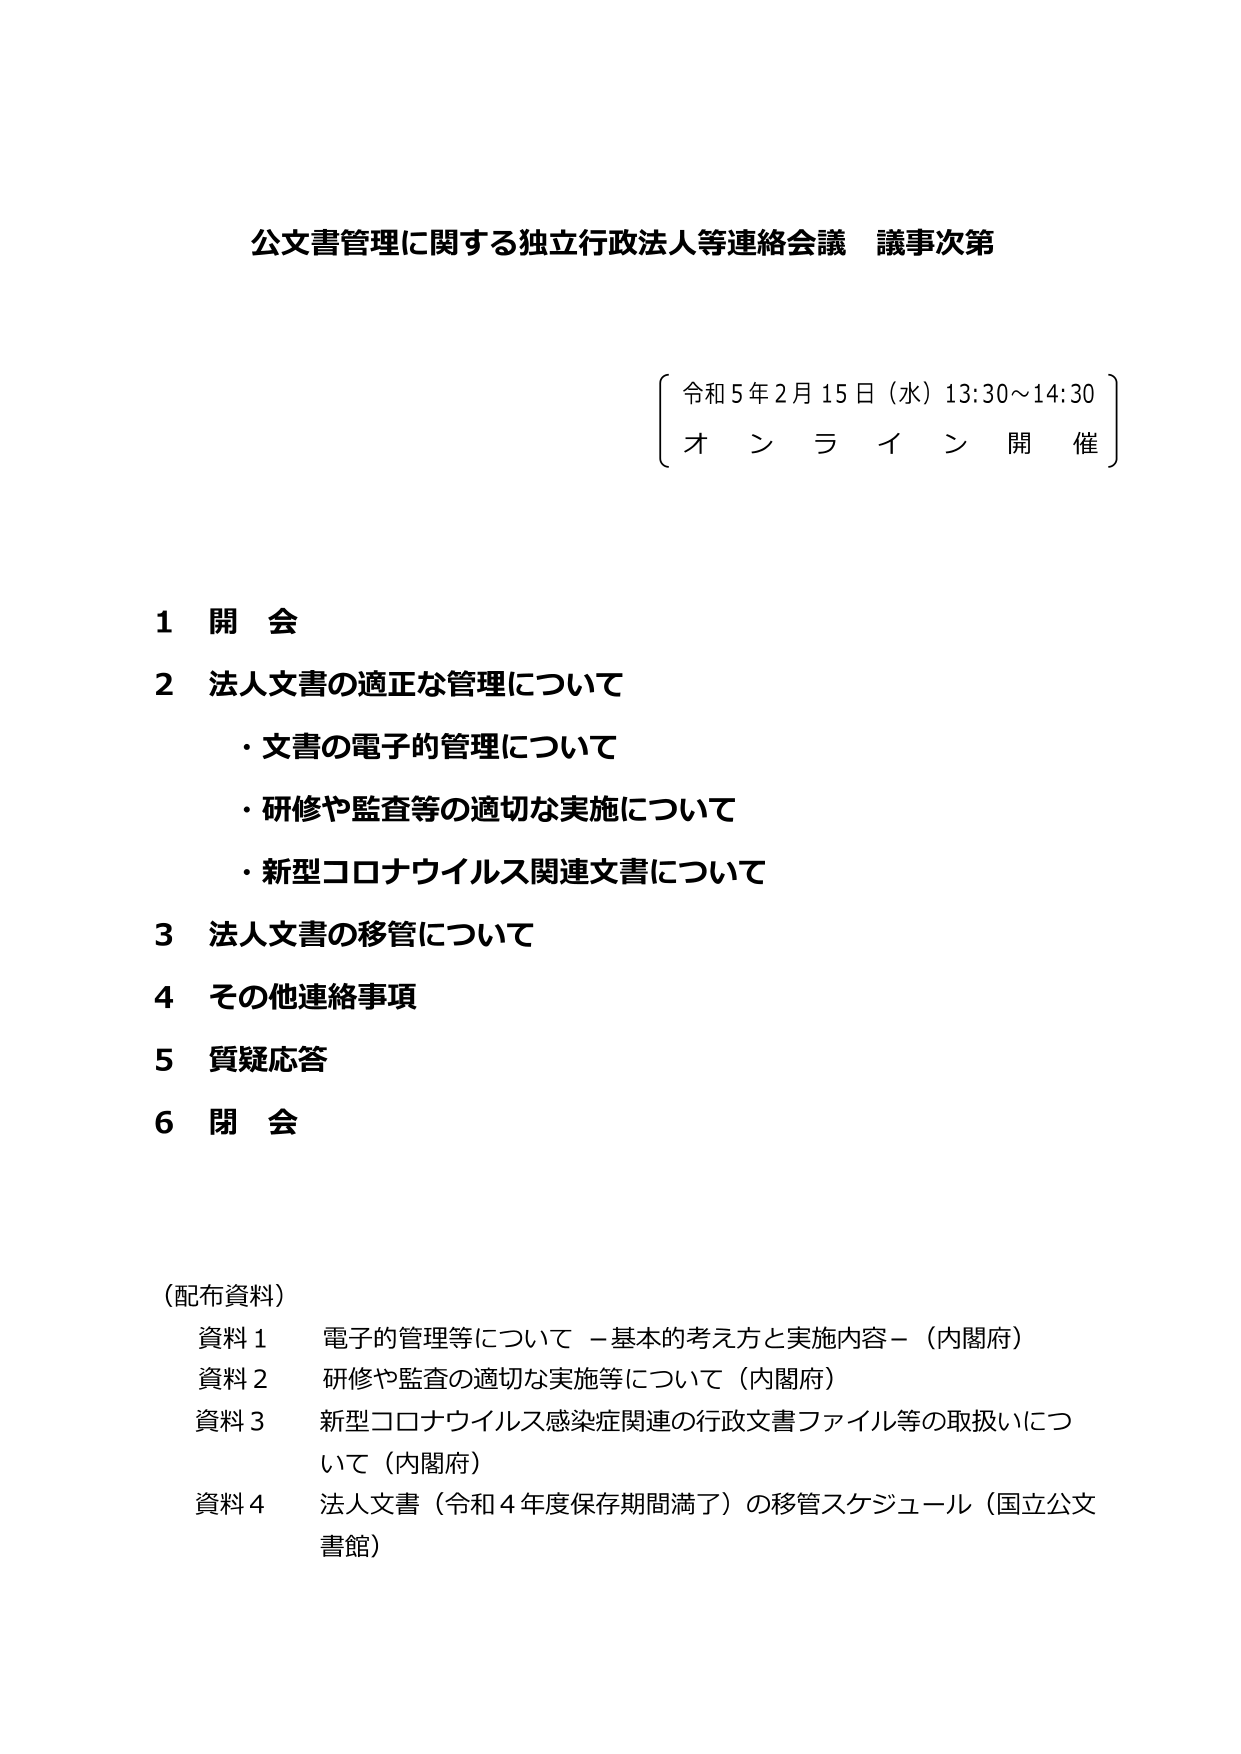
公文書管理に関する独立行政法人等連絡会議 議事次第

令和5年2月15日（水）13:30～14:30
オンライン開催

1 開会
2 法人文書の適正な管理について
・文書の電子的管理について
・研修や監査等の適切な実施について
・新型コロナウイルス関連文書について
3 法人文書の移管について
4 その他連絡事項
5 質疑応答
6 閉会

（配布資料）
資料1 電子的管理等について －基本的考え方と実施内容－（内閣府）
資料2 研修や監査の適切な実施等について（内閣府）
資料3 新型コロナウイルス感染症関連の行政文書ファイル等の取扱いについて（内閣府）
資料4 法人文書（令和4年度保存期間満了）の移管スケジュール（国立公文書館）